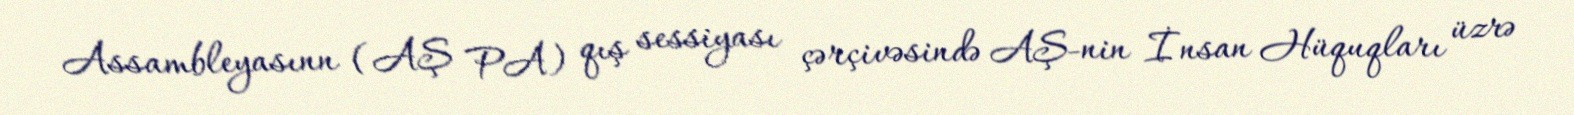
Assambleyasınn (AŞ PA) qış sessiyası çərçivəsində AŞ-nin İnsan Hüquqları üzrə